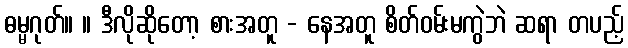
ဓမ္မဂုတ်။ ။ ဒီလိုဆိုတော့ စားအတူ - နေအတူ စိတ်ဝမ်းမကွဲဘဲ ဆရာ တပည့်